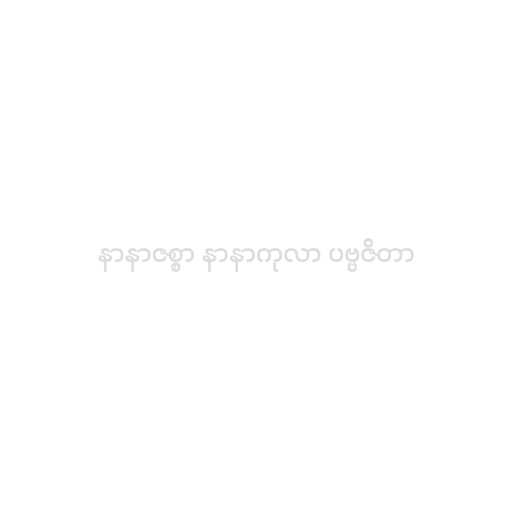
နာနာဇစ္စာ နာနာကုလာ ပဗ္ဗဇိတာ